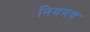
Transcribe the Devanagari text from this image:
नियमच